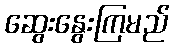
ဆွေးနွေးကြမည်